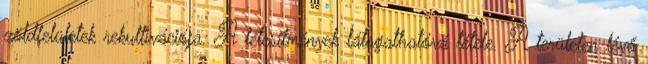
zöldfelületek rekultivációja. A létesítmények látogathatóvá tétele. A területen lévő